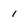
Character: 1